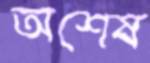
অশেষ